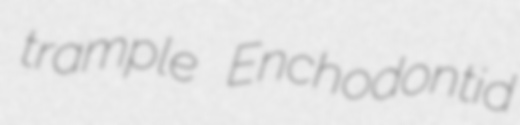
trample Enchodontid